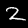
Digit: 2